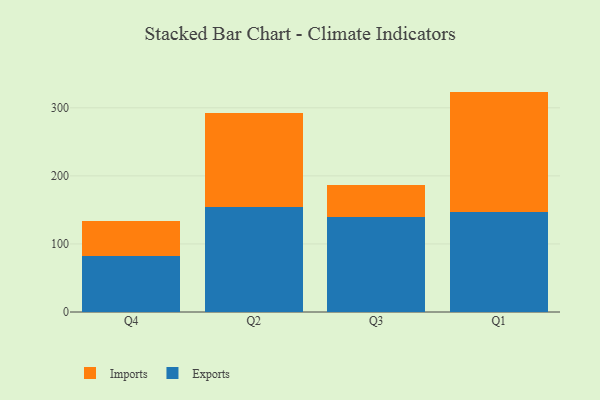
{"axis": {"x": "Quarter", "y": "Gross Profit (USD K)"}, "legend": ["Exports", "Imports"], "data": [{"x": "Q4", "y": 83.0, "type": "Exports"}, {"x": "Q4", "y": 50.3, "type": "Imports"}, {"x": "Q2", "y": 154.2, "type": "Exports"}, {"x": "Q2", "y": 138.0, "type": "Imports"}, {"x": "Q3", "y": 140.3, "type": "Exports"}, {"x": "Q3", "y": 46.3, "type": "Imports"}, {"x": "Q1", "y": 146.4, "type": "Exports"}, {"x": "Q1", "y": 177.4, "type": "Imports"}]}